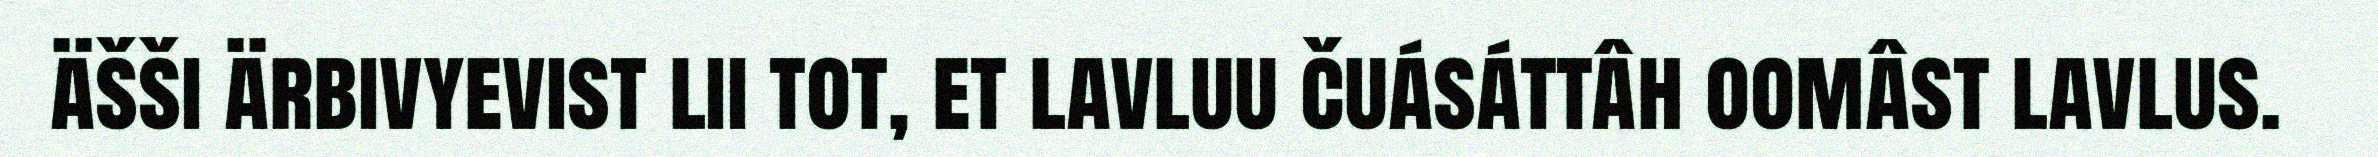
äšši ärbivyevist lii tot, et lavluu čuásáttâh oomâst lavlus.